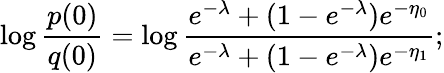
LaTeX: \log\frac{p(0)}{q(0)}=\log\frac{e^{-\lambda}+(1-e^{-\lambda})e^{-\eta_{0}}}{e^{-\lambda}+(1-e^{-\lambda})e^{-\eta_{1}}};